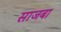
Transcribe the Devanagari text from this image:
साजबा